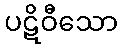
ပဋိဝီသော